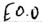
Text: E0.0